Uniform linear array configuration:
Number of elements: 64
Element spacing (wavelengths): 1
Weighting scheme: exponential
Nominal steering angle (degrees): -60
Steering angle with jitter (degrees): -59.301
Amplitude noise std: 0.05
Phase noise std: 0.05

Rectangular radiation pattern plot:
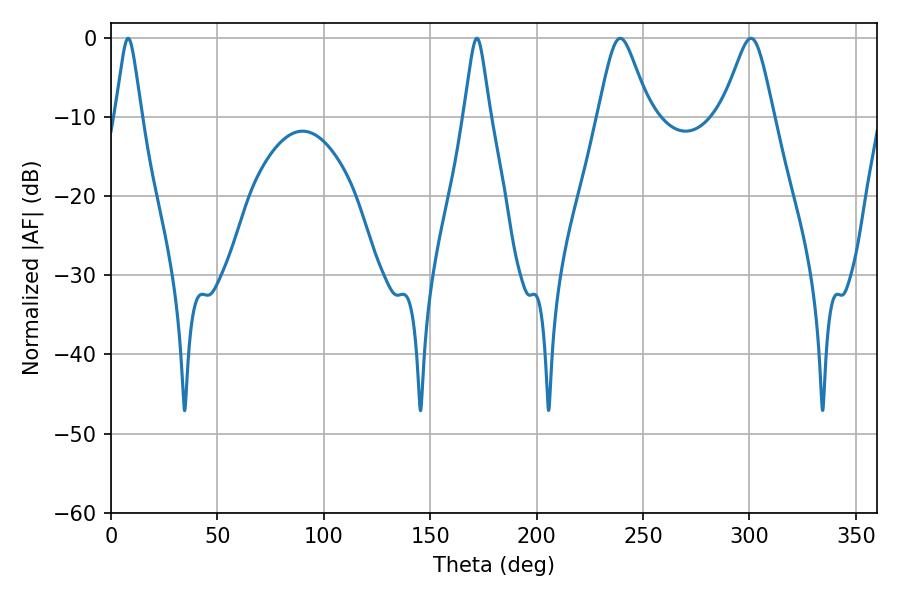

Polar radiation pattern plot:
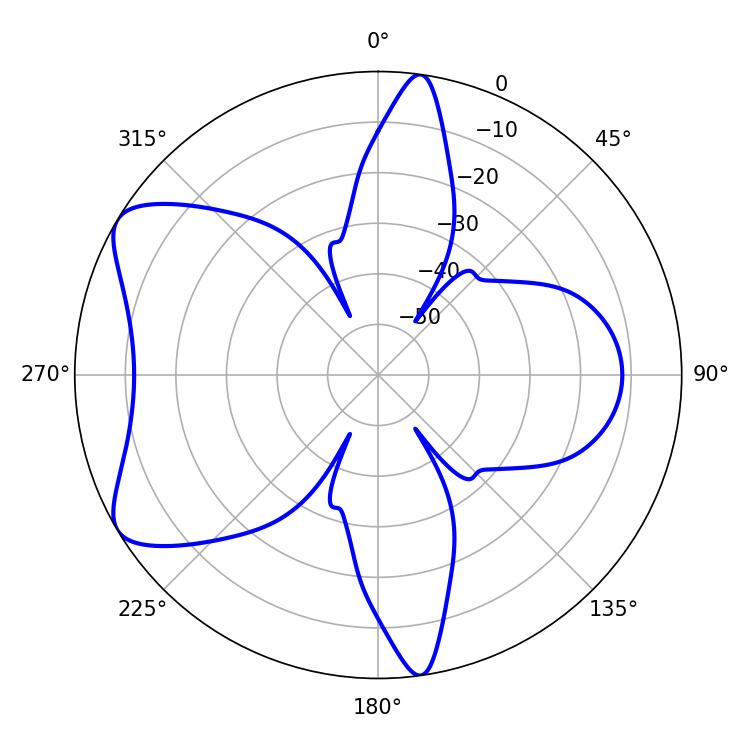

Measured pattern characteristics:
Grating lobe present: TRUE
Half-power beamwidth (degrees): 11.52
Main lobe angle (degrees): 239.22